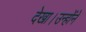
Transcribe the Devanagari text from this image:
देखा।उन्होंने